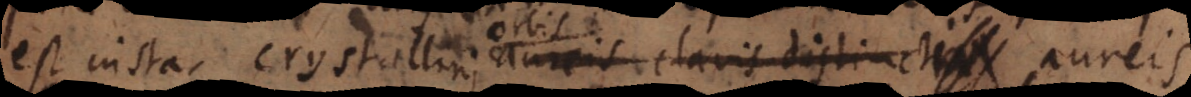
est instar crystallini aureis clavis distincta dist